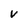
Character: V